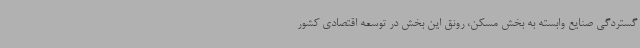
گستردگی صنایع وابسته به بخش مسکن، رونق این بخش در توسعه اقتصادی کشور